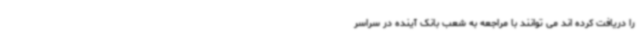
را دریافت کرده اند می توانند با مراجعه به شعب بانک آینده در سراسر